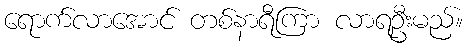
ရောက်လာအောင် တစ်နာရီကြာ လာရဦးမည်။